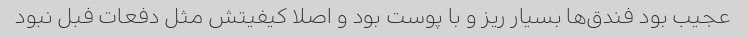
عجیب بود فندق‌ها بسیار ریز و با پوست بود و اصلا کیفیتش مثل دفعات فبل نبود